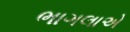
ભાગલાએ